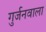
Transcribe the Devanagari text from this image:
गुर्जनवाला